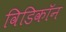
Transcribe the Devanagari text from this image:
विडिकॉन